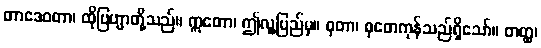
တာဒေဝတာ၊ ထိုဗြဟ္မာတို့သည်။ ဣတော၊ ဤလူ့ပြည်မှ။ စုတာ၊ စုတေကုန်သည်ရှိသော်။ တတ္ထ၊